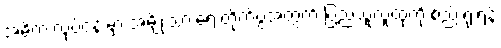
အဓိက လုပ်ငန်းမှာ အမျိုးသားရေးတိုက်ပွဲအတွက် ပြည်သူလူထုကို စည်းရုံးရန်